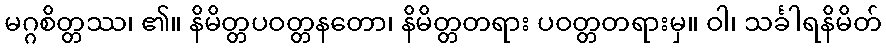
မဂ္ဂစိတ္တဿ၊ ၏။ နိမိတ္တပဝတ္တနတော၊ နိမိတ္တတရား ပဝတ္တတရားမှ။ ဝါ၊ သင်္ခါရနိမိတ်